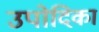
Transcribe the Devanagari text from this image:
उपोदिका